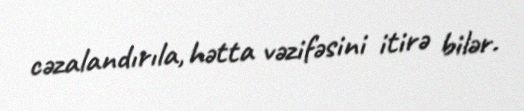
cəzalandırıla, hətta vəzifəsini itirə bilər.